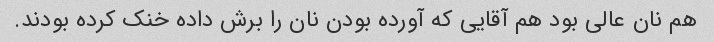
هم نان عالی بود هم آقایی که آورده بودن نان را برش داده خنک کرده بودند.